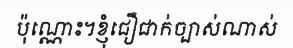
ប៉ុណ្ណោះ។ខ្ញុំជឿជាក់ច្បាស់ណាស់